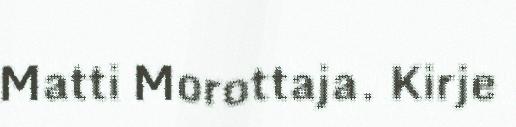
Matti Morottaja. Kirje